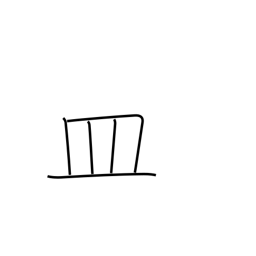
Meaning: dish